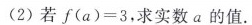
(2)若$$ f (a)=3 $$，求实数a的值。